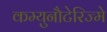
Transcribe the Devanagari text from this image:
कम्युनौटेरिज्मे